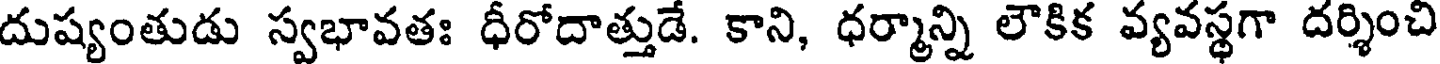
దుష్యంతుడు స్వభావతః ధీరోదాత్తుడే. కాని, ధర్మాన్ని లౌకిక వ్యవస్థగా దర్శించి